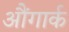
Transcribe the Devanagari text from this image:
औंगार्क